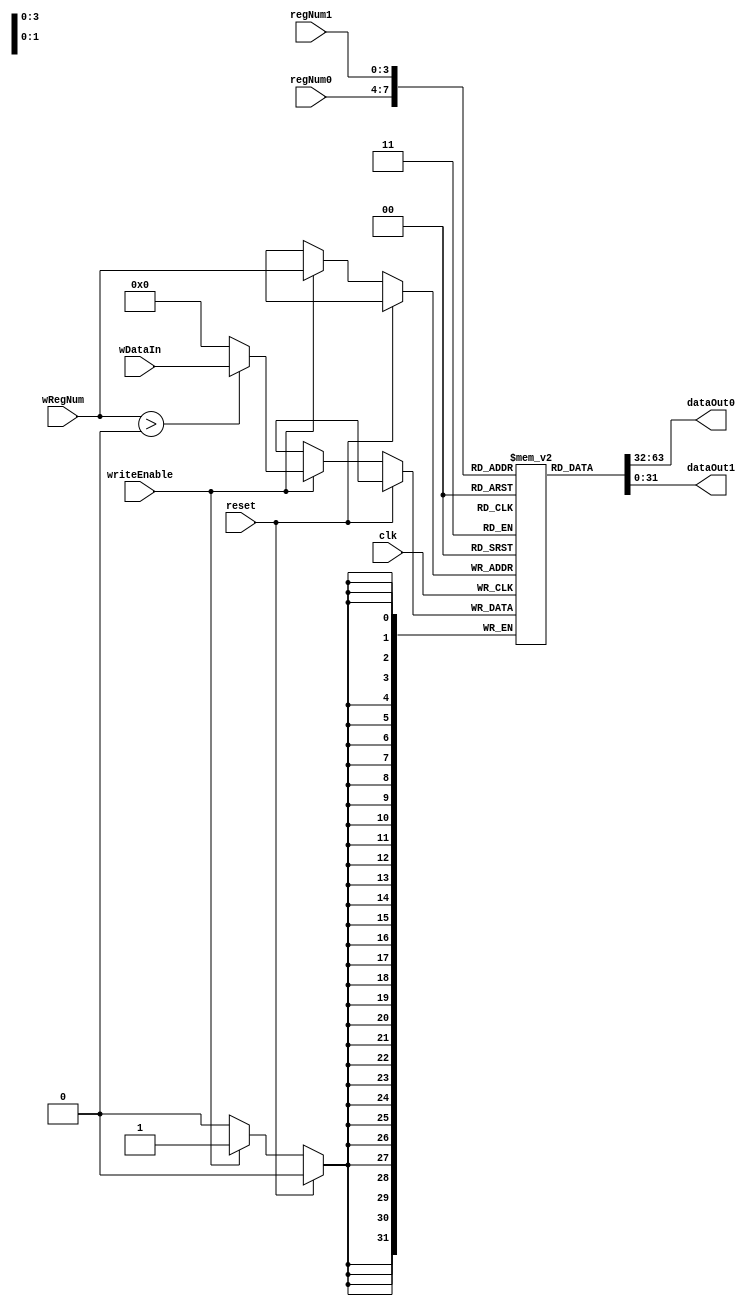
module RegisterBank (
  input   wire          clk,
  input   wire          reset,

  // Port 0
  output  wire  [31:0]  dataOut0,
  input         [3:0]   regNum0,

  // Port 1
  output  wire  [31:0]  dataOut1,
  input         [3:0]   regNum1,

  // Write Port
  input         [31:0]  wDataIn,
  input         [3:0]   wRegNum,
  input                 writeEnable     // 1 => WRITE
);

reg [31:0] registers [0:15];

initial begin
  for ( i = 0; i < 16; i=i+1)  registers[i] = 0;
end

integer i;

always @(posedge clk)
begin
  if (!reset)
  begin
   if (writeEnable) registers[wRegNum] <= wRegNum > 0 ? wDataIn : 0;
  end
end

assign dataOut0 = registers[regNum0];
assign dataOut1 = registers[regNum1];

// Only for simulation expose the registers
generate
  genvar idx;
  for(idx = 0; idx < 16; idx = idx+1) begin: register
    wire [31:0] tmp;
    assign tmp = registers[idx];
  end
endgenerate

endmodule